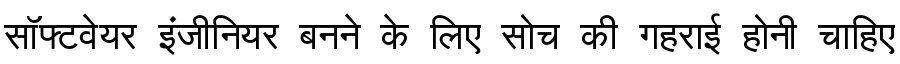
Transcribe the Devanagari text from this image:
सॉफ्टवेयर इंजीनियर बनने के लिए सोच की गहराई होनी चाहिए